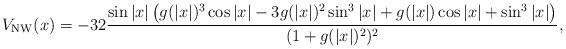
LaTeX: \begin{align*}V_{\rm NW}(x) = -32 \frac{\sin|x| \left( g(|x|)^3 \cos |x| - 3g(|x|)^2\sin^3|x| + g(|x|)\cos |x| + \sin^3|x| \right)}{(1 + g(|x|)^2)^2},\end{align*}